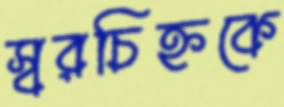
স্বরচিহ্নকে